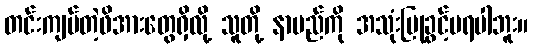
တင်းကျပ်တဲ့ဖိအားတွေရှိလို့ သူတို့ နာမည်ကို အသုံးပြုခွင့်မရပါဘူး။